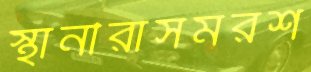
স্থানীরাসমরশ